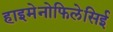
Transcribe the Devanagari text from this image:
हाइमेनोफिलेसिई